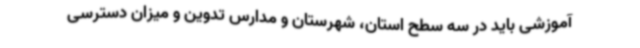
آموزشی باید در سه سطح استان، شهرستان و مدارس تدوین و میزان دسترسی